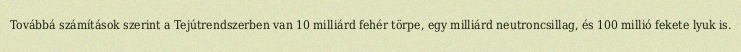
Továbbá számítások szerint a Tejútrendszerben van 10 milliárd fehér törpe, egy milliárd neutroncsillag, és 100 millió fekete lyuk is.